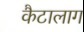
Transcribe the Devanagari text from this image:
कैटालाग